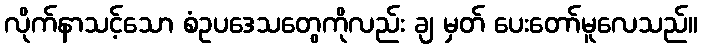
လိုက်နာသင့်သော စံဥပဒေသတွေကိုလည်း ချ မှတ် ပေးတော်မူလေသည်။